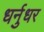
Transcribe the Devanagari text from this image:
धर्नुधर